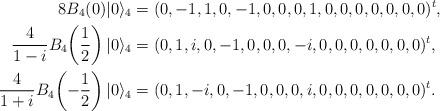
LaTeX: \begin{align*}8B_4(0)|0\rangle_4&=(0, -1, 1, 0, -1, 0, 0, 0, 1, 0, 0, 0, 0, 0, 0, 0)^t,\\\frac{4}{1-i}B_4\!\left(\frac{1}{2}\right)|0\rangle_4&=(0, 1, i, 0, -1, 0, 0, 0, -i, 0, 0, 0, 0, 0, 0, 0)^t,\\\frac{4}{1+i}B_4\!\left(-\frac{1}{2}\right)|0\rangle_4&=(0, 1, -i, 0, -1, 0, 0, 0, i, 0, 0, 0, 0, 0, 0, 0)^t.\end{align*}